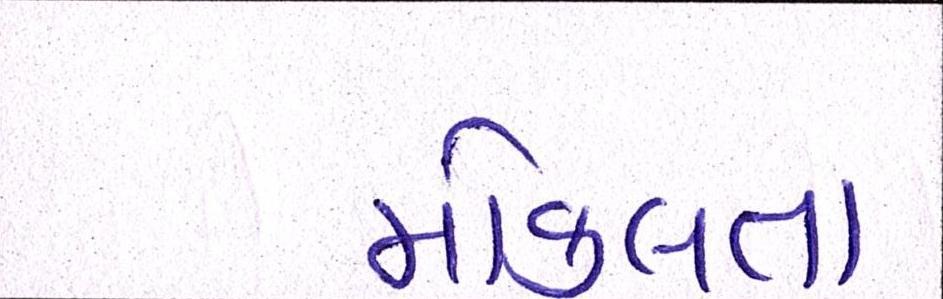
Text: મોકલતા